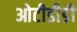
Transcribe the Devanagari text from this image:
ओटीडीडी